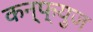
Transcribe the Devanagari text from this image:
कन्फ्युज